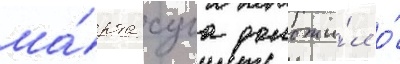
ма́рта суга доложи́л о́